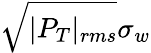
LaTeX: \sqrt{|P_{T}|_{rms}}\sigma_{w}